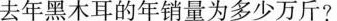
去年黑木耳的年销量为多少万斤?